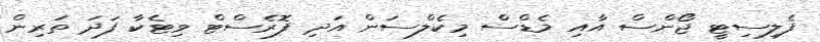
ފެލިސިޓީ ޖޯންސް އާއި މެޑްސް މިކެލްސަން އަދި ފޮރެސްޓް ވިޓެކާ ފަދަ ތަރިން